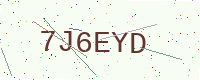
Text: 7J6EYD